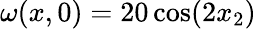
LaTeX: \omega(x,0)=20\cos(2x_{2})